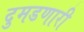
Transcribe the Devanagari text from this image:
दुमडणारी